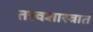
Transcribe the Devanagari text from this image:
तत्त्वशास्त्रात